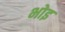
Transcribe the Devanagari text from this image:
भोइ